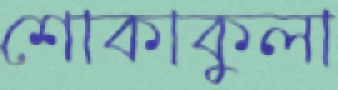
শোকাকুলা